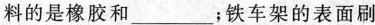
料的是橡胶和___；铁车架的表面刷